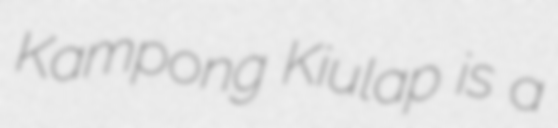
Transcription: Kampong Kiulap is a